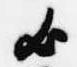
歟